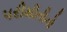
પરીમીતીનો